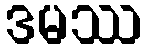
ဒမဿ